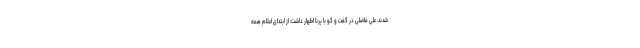
شدند. علی فاضلی در گفت و گو با یرنا اظهار داشت: از ابتدای اعلام همه